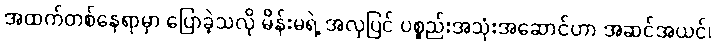
အထက်တစ်နေရာမှာ ပြောခဲ့သလို မိန်းမရဲ့ အလှပြင် ပစ္စည်းအသုံးအဆောင်ဟာ အဆင်အယင်၊